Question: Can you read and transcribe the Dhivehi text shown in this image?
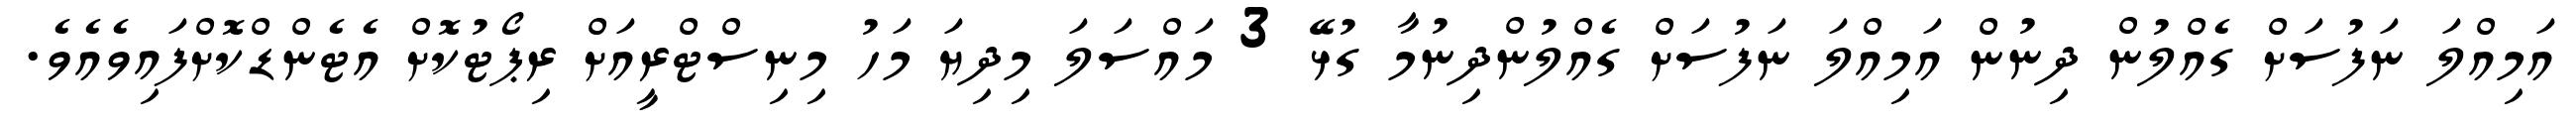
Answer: އަމިއްލަ ނަފުސަށް ގެއްލުން ދިނުން އަމިއްލަ ނަފުސަށް ގެއްލުންދިނުމާ ގުޅޭ 3 މައްސަލަ މިދިޔަ މަހު މިނިސްޓްރީއަށް ރިޕޯޓުކޮށް އެޓެންޑްކޮށްފައިވެއެވެ.